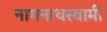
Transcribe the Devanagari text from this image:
नागनाथस्वामी